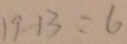
1 9 - 1 3 = 6